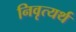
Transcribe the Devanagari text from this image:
निवृत्यर्थ